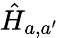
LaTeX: \hat{H}_{a,a^{\prime}}